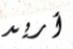
أريد